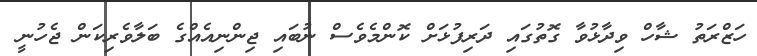
ހަޒްރަތު ޝާހް ވިދާޅުވާ ގޮތުގައި ދަރިފުޅަށް ކޮންމެވެސް ނުބައި ޖިންނިއެއްގެ ބަލާވެރިކަން ޖެހުނީ